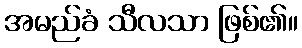
အမည်ခံ သီလသာ ဖြစ်၏။